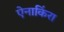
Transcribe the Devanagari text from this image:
ऐनाकिंरा